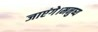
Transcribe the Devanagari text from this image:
जाएंगे।मनुष्य